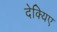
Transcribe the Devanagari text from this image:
देक्यिए